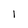
Character: 1